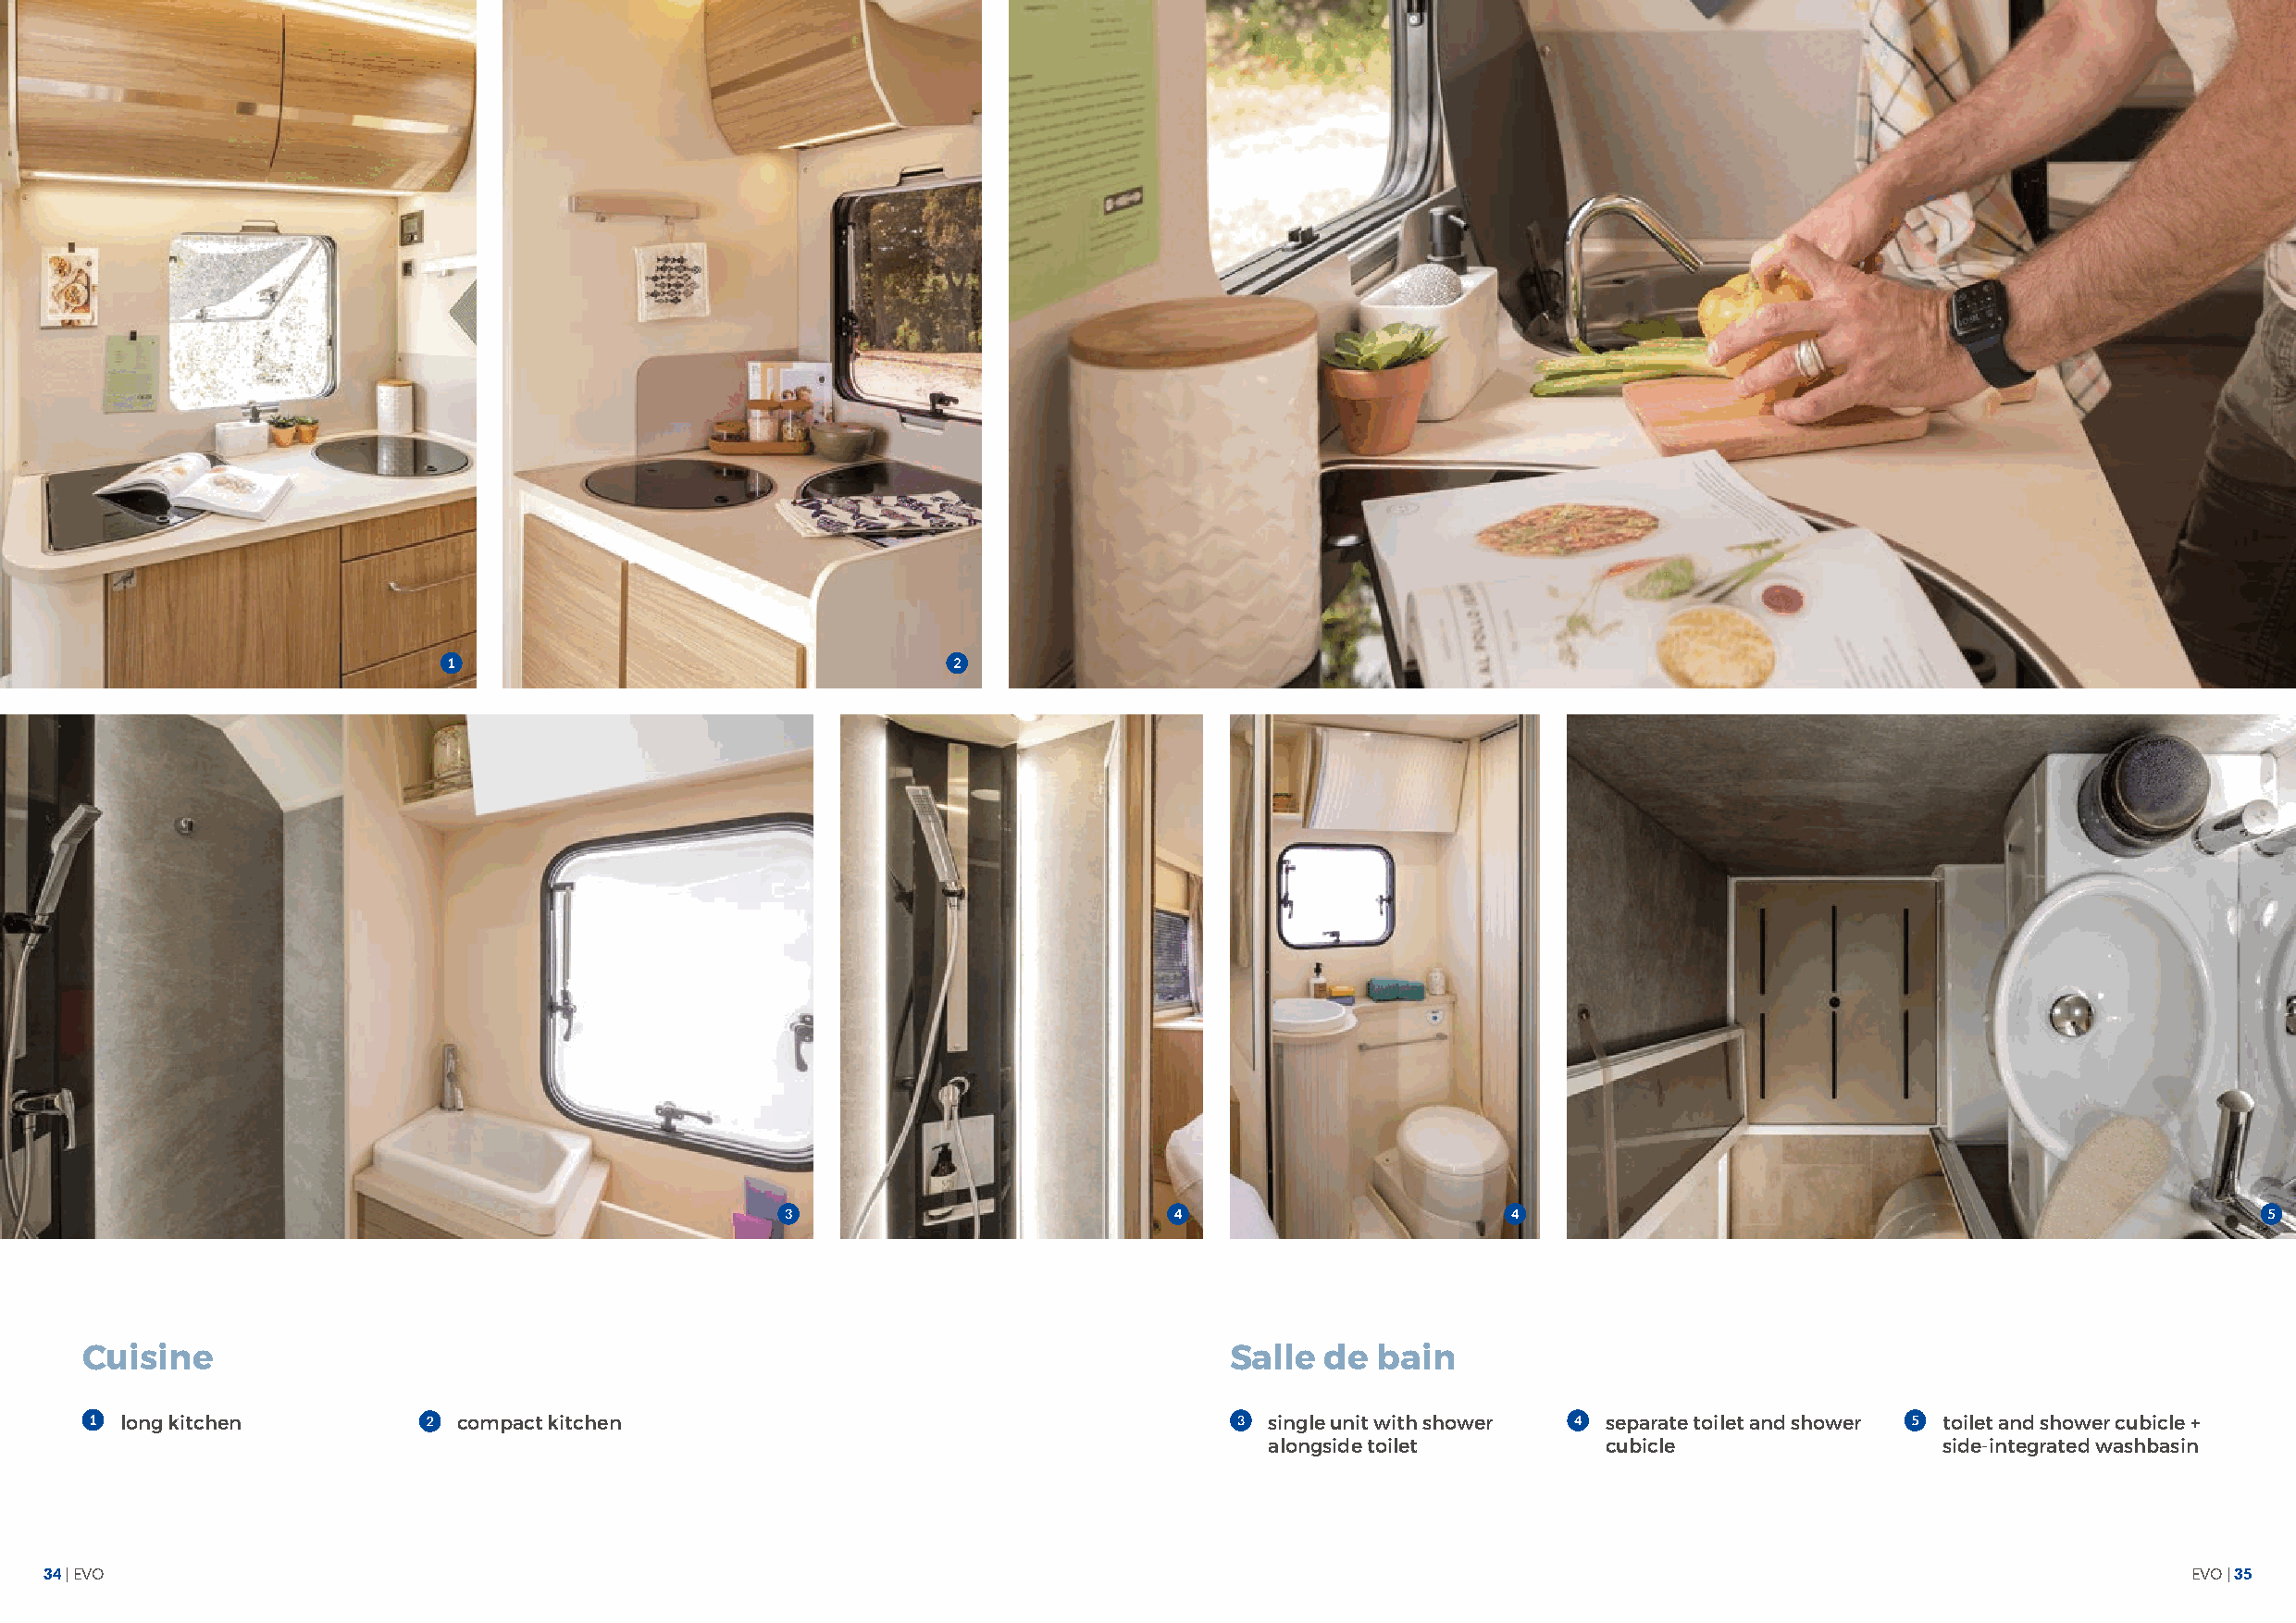
Cuisine                                                                           Salle  de bain
 long kitchen            compact kitchen                                           single unit with shower separate toilet and shower toilet and shower cubicle +
 alongside toilet        cubicle                 side-integrated washbasin
 34 | EVO                                                                                                                                                  EVO | 35